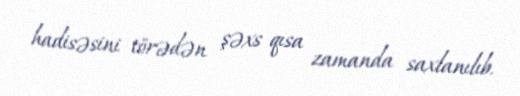
hadisəsini törədən şəxs qısa zamanda saxlanılıb.